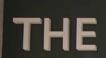
the